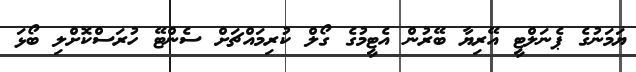
ޔަމަނުގެ ޕެނަލްޓީ އޭރިޔާ ބޭރުން އެޓީމުގެ ގޯލް ކުރިމައްޗަށް ސެންޓޭ ހުރަސްކޮށްލި ބޯޅަ